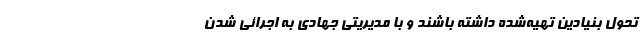
تحول بنیادین تهیه‌شده داشته باشند و با مدیریتی جهادی به اجرائی شدن